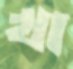
খা